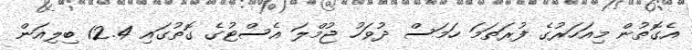
އެގޮތުން މިއަހަރުގެ ފުރަތަމަ ހަމަސް ދުވަހު ޖުމްލަ އެސްޓުގެ ގޮތުގައި 12.4 ބިލިއަން